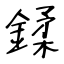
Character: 鍒